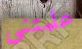
علمتني